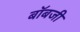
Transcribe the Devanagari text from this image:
बॉबजी